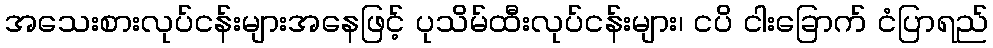
အသေးစားလုပ်ငန်းများအနေဖြင့် ပုသိမ်ထီးလုပ်ငန်းများ၊ ငပိ ငါးခြောက် ငံပြာရည်